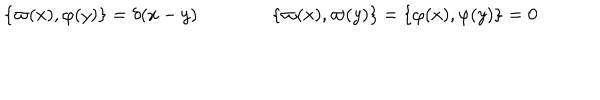
LaTeX: \{ \varpi ( x ) , \varphi ( y ) \} = \delta ( x - y ) \qquad \qquad \{ \varpi ( x ) , \varpi ( y ) \} = \{ \varphi ( x ) , \varphi ( y ) \} = 0